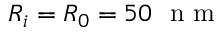
R _ { i } = R _ { 0 } = 5 0 ~ \mathrm { ~ n ~ m ~ }